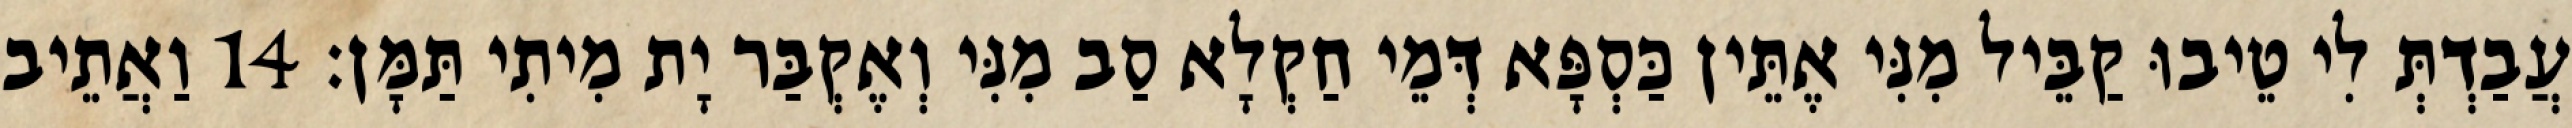
עֲבַדְתְּ לִי טֵיבוּ קַבֵּיל מִנִּי אֶתֵּין כַּסְפָּא דְּמֵי חַקְלָא סַב מִנִּי וְאֶקְבַּר יָת מִיתִי תַּמָּן׃ 14 וַאֲתֵיב